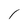
Character: I